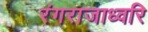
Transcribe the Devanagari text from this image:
रंगराजाध्वरि